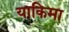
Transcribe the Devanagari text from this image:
याकिमा